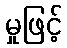
မှုဖြင့်